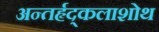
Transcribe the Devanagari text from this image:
अन्तर्हृद्कलाशोथ